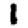
Digit: 1